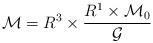
LaTeX: \begin{align*}{\cal M}=R^3\times \frac{R^1\times {\cal M}_0}{\cal G}\end{align*}